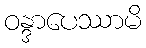
ဝန္ဒာပေဿာမိ